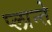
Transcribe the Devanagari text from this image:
प्लान्ते